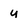
Character: u